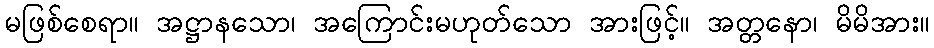
မဖြစ်စေရာ။ အဋ္ဌာနသော၊ အကြောင်းမဟုတ်သော အားဖြင့်။ အတ္တနော၊ မိမိအား။